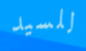
للسيد